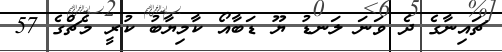
ޗައިނާގެ ދެ ވަނަ ލަނޑު ޔޫ ޑަބާއޯ ކާމިޔާބު ކުރީ މެޗްގެ 57